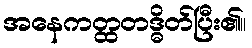
အနေကတ္ထတဒ္ဓိတ်ပြီး၏။